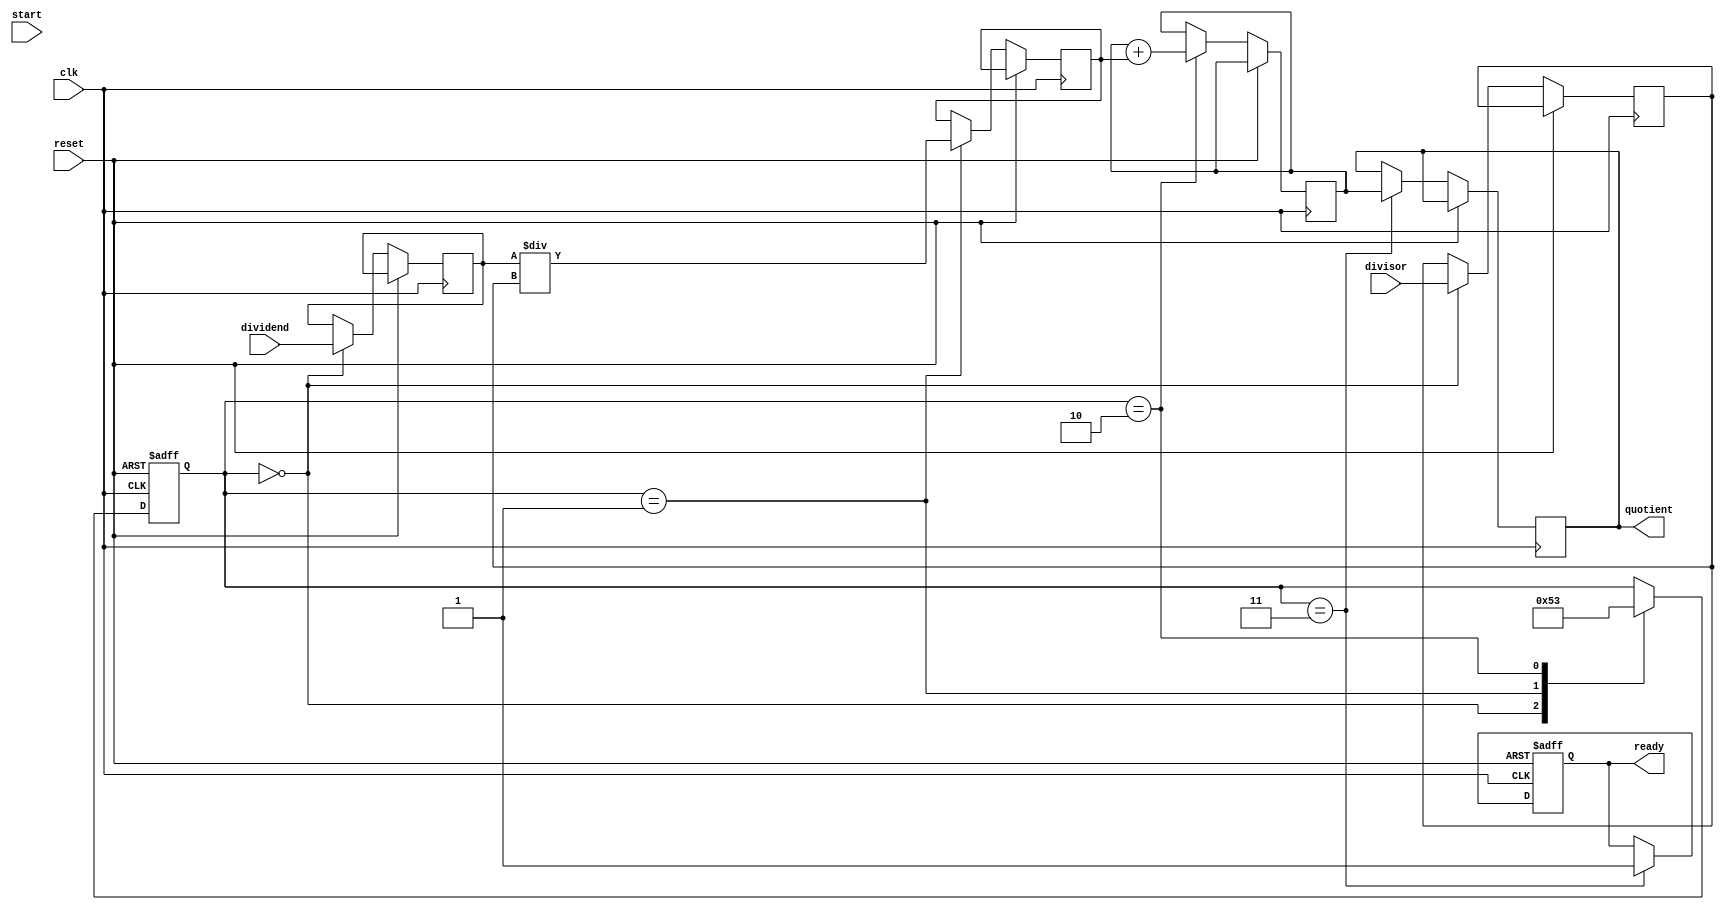
module pipelined_divider (
    input wire clk,
    input wire reset,
    input wire start,
    input wire [31:0] dividend,
    input wire [31:0] divisor,
    output reg [31:0] quotient,
    output reg ready
);

// Define states for each stage
parameter INPUT_PROCESSING = 0;
parameter PARTIAL_QUOTIENT = 1;
parameter ACCUMULATING = 2;
parameter FINAL_QUOTIENT = 3;

// Define signals for each stage
reg [31:0] dividend_reg;
reg [31:0] divisor_reg;
reg [31:0] partial_quotient_reg;
reg [31:0] partial_result_reg;
reg [2:0] state_reg;
reg [31:0] accumulator_reg;

always @ (posedge clk or posedge reset) begin
    if (reset) begin
        ready <= 0;
        state_reg <= INPUT_PROCESSING;
    end else begin
        case (state_reg)
            INPUT_PROCESSING: begin
                dividend_reg <= dividend;
                divisor_reg <= divisor;
                state_reg <= PARTIAL_QUOTIENT;
            end
            PARTIAL_QUOTIENT: begin
                partial_quotient_reg <= dividend_reg / divisor_reg;
                state_reg <= ACCUMULATING;
            end
            ACCUMULATING: begin
                accumulator_reg <= accumulator_reg + partial_quotient_reg;
                state_reg <= FINAL_QUOTIENT;
            end
            FINAL_QUOTIENT: begin
                quotient <= accumulator_reg;
                ready <= 1;
            end
        endcase
    end
end

endmodule